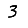
Digit: 3